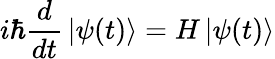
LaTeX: i\hbar{\frac{d}{dt}}\left|\psi(t)\right\rangle=H\left|\psi(t)\right\rangle